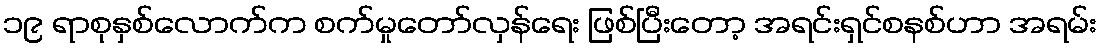
၁၉ ရာစုနှစ်လောက်က စက်မှုတော်လှန်ရေး ဖြစ်ပြီးတော့ အရင်းရှင်စနစ်ဟာ အရမ်း